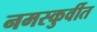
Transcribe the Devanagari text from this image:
नमस्कुर्वीत